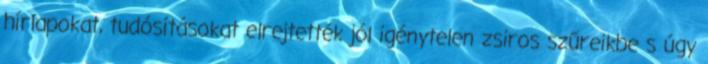
hírlapokat, tudósításokat elrejtették jól igénytelen zsiros szűreikbe s úgy